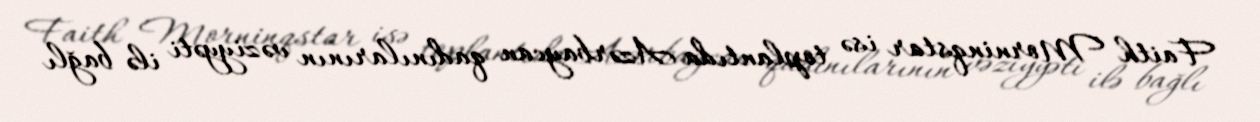
Faith Morninqstar isə toplantıda Azərbaycan qadınılarının vəziyyəti ilə bağlı